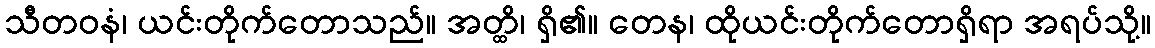
သီတဝနံ၊ ယင်းတိုက်တောသည်။ အတ္ထိ၊ ရှိ၏။ တေန၊ ထိုယင်းတိုက်တောရှိရာ အရပ်သို့။